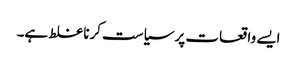
ایسے واقعات پر سیاست کرنا غلط ہے۔